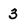
Character: 3